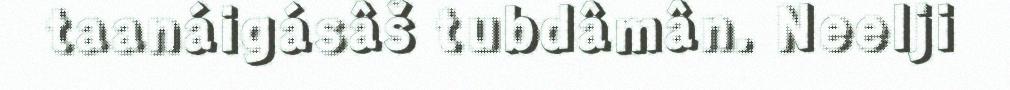
taanáigásâš tubdâmân. Neelji